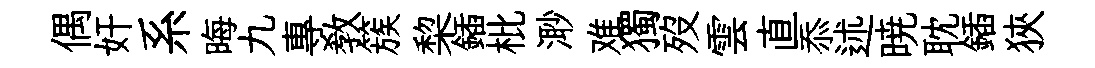
偶奸系晦九專教簇棃鍤枇𣺌难獨歿雲直忝述暁耽鍤狹